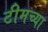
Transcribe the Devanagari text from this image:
टीमच्या